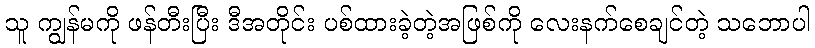
သူ ကျွန်မကို ဖန်တီးပြီး ဒီအတိုင်း ပစ်ထားခဲ့တဲ့အဖြစ်ကို လေးနက်စေချင်တဲ့ သဘောပါ